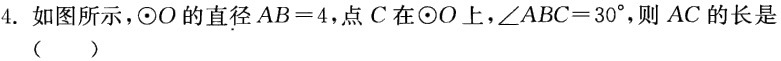
4. 如图所示，$\odot O$的直径$AB = 4$，点$C$在$\odot O$上，$\angle ABC = 30^{\circ}$，则$AC$的长是（  ）